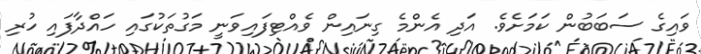
ވައިގެ ސަބަބުން ކަމަށެވެ. އަދި އެންމެ ގިނައިން ވެއްޓިފައިވަނީ މަގުތަކުގައި ހައްދާފައި ހުރި